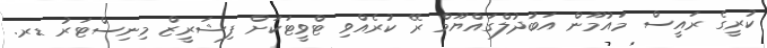
ކުރީގެ ރައީސް މައުމޫން އަބުދުލްގައްޔޫމް ރޭ ކުރެއްވި ޓްވީޓަކަށް ފިޝަރީޒް މިނިސްޓަރު ޑރ.